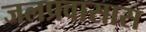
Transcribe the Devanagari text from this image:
जलप्रवासास